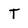
Character: T